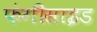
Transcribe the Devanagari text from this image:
फंगीसाइड